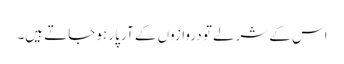
اس کے شرلے تو دروازوں کے آر پار ہو جاتے ہیں۔